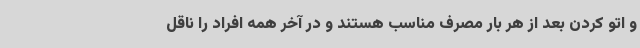
و اتو کردن بعد از هر بار مصرف مناسب هستند و در آخر همه افراد را ناقل